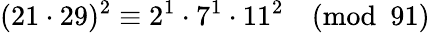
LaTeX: (21\cdot 29)^{2}\equiv 2^{1}\cdot 7^{1}\cdot 11^{2}{\pmod{91}}